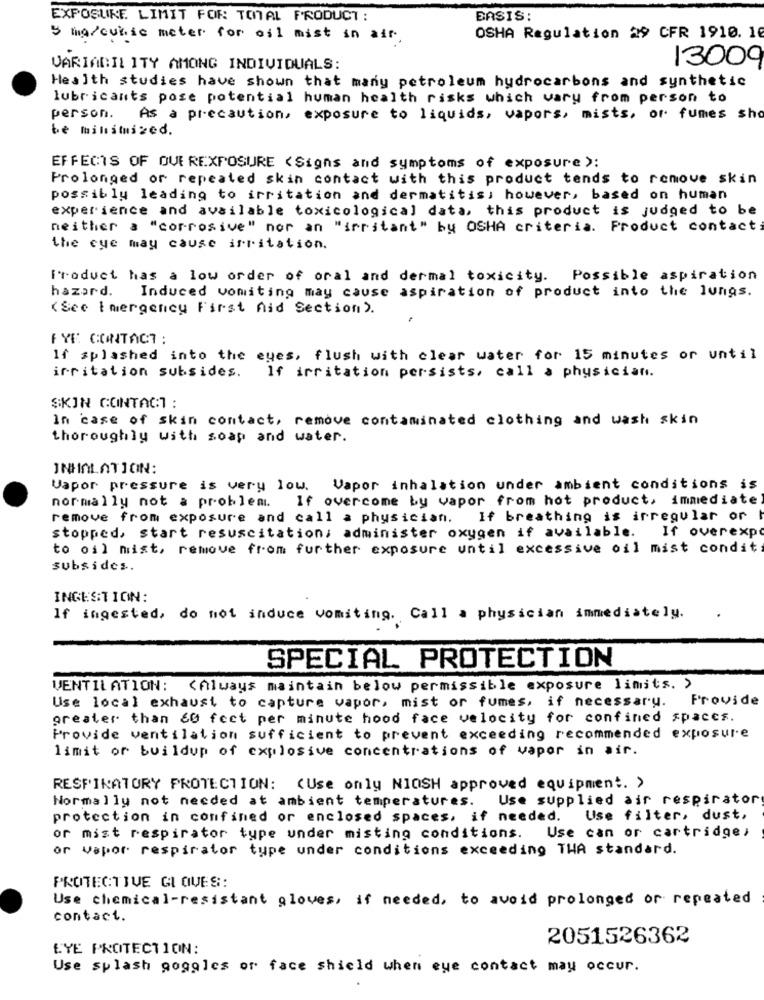
EXPOSURE LIMIT FOR TOTAL PRODUCT:
BASIS:
5 ma/cukic meter for oil mist in air.
OSHA Regulation 29 CFR 1910. 10
13009
VARIABILITY AMONG INDIVIDUALS:
Health studies have shown that many petroleum hydrocarbons and synthetic
lubricants pose potential human health risks which vary from person to
person.
As a precaution, exposure to liquids, vapors, mists, or fumes sh
be minimized.
EFFECTS OF OVEREXPOSURE <Signs and symptoms of exposure ):
Prolonged or repeated skin contact with this product tends to remove skin
possibly leading to irritation and dermatitis; however, based on human
experience and available toxicological data, this product is judged to be
neither a "corrosive" nor an "irritant" by OSHA criteria. Product contact:
the cue may cause irritation.
Product has a low order of oral and dermal toxicity.
Possible aspiration
hazard.
Induced vomiting may cause aspiration of product into the lungs.
(See Emergency First Aid Section).
EYE CONTACT :
If splashed into the eyes, flush with clear water for 15 minutes or until
irritation subsides.
If irritation persists, call a physician.
SKIN CONTACT :
In case of skin contact, remove contaminated clothing and wash skin
thoroughly with soap and water.
INHALATION:
Vapor pressure is very low. Vapor inhalation under ambient conditions is
normally not a problem. If overcome by vapor from hot product, immediate
remove from exposure and call a physician. If breathing is irregular or
If overexp
stopped, start resuscitation; administer oxygen if available.
to oil mist, remove from further exposure until excessive oil mist condit
subsides.
INGESTION:
If ingested, do not induce vomiting. Call a physician immediately.
SPECIAL PROTECTION
VENTILATION: < Always maintain below permissible exposure limits. >
Use local exhaust to capture vapor, mist or fumes, if necessary. Provide
greater than &0 fect per minute hood face velocity for confined spaces.
Provide ventilation sufficient to prevent exceeding recommended exposure
limit or buildup of explosive concentrations of vapor in air.
RESPIRATORY PROTECTION: (Use only NIOSH approved equipment. >
Normally not needed at ambient temperatures.
Use supplied air respirator
protection in confined or enclosed spaces, if needed.
Use filter, dust,
Use can or cartridge,
or mist respirator tupe under misting conditions.
or Vapor respirator tupe under conditions exceeding THA standard.
PROTECTIVE GIQUES:
Use chemical-resistant gloves, if needed, to avoid prolonged or repeated
contact.
2051526362
EYE PROTECTION:
Use splash goggles or face shield when eye contact may occur.